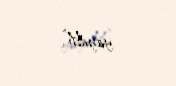
yayıldı”.